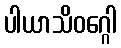
ပါယာသိဝဂ္ဂေါ